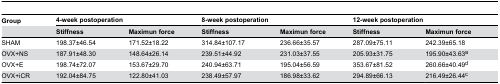
| Group | <COLSPAN=2> 4-week postoperation | <COLSPAN=2> 8-week postoperation | <COLSPAN=2> 12-week postoperation |
 |  | Stiffness | Maximun force | Stiffness | Maximun force | Stiffness | Maximun force |
 | --- | --- | --- | --- | --- | --- | --- |
 | SHAM | 198.37±46.54 | 171.52±18.22 | 314.84±107.17 | 236.66±35.57 | 287.09±75.11 | 242.39±65.18 |
 | OVX+NS | 187.91±48.30 | 148.64±26.14 | 239.51±44.92 | 231.03±37.55 | 205.93±31.75 | 195.90±43.63a |
 | OVX+E | 198.74±72.07 | 153.67±29.70 | 240.94±63.71 | 195.04±56.59 | 353.67±81.52 | 260.66±40.49d |
 | OVX+iCR | 192.04±84.75 | 122.80±41.03 | 238.49±57.97 | 186.98±33.62 | 294.89±66.13 | 216.49±26.44c |